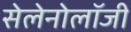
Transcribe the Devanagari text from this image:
सेलेनोलॉजी